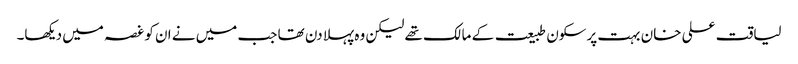
لیاقت علی خان بہت پرسکون طبیعت کے مالک تھے لیکن وہ پہلا دن تھا جب میں نے ان کو غصہ میں دیکھا۔